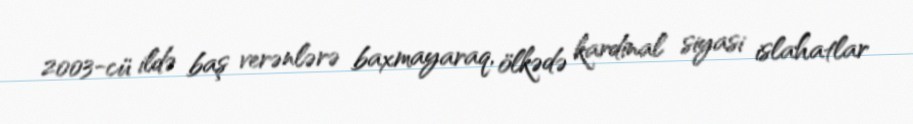
2003-cü ildə baş verənlərə baxmayaraq, ölkədə kardinal siyasi islahatlar